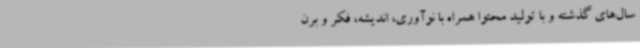
سال‌های گذشته و با تولید محتوا همراه با نوآوری، اندیشه، فکر و برن